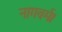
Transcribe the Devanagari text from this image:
नागवर्म।